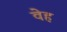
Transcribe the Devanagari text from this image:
वेह